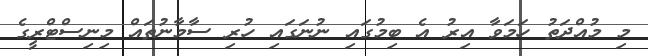
މި މުއްދަތު ހަމަވާ އިރު އެ ބިމުގައި ނުނަގައި ހުރި ސާމާނުތައް މިނިސްޓްރީގެ